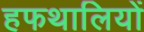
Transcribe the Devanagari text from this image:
हफथालियों